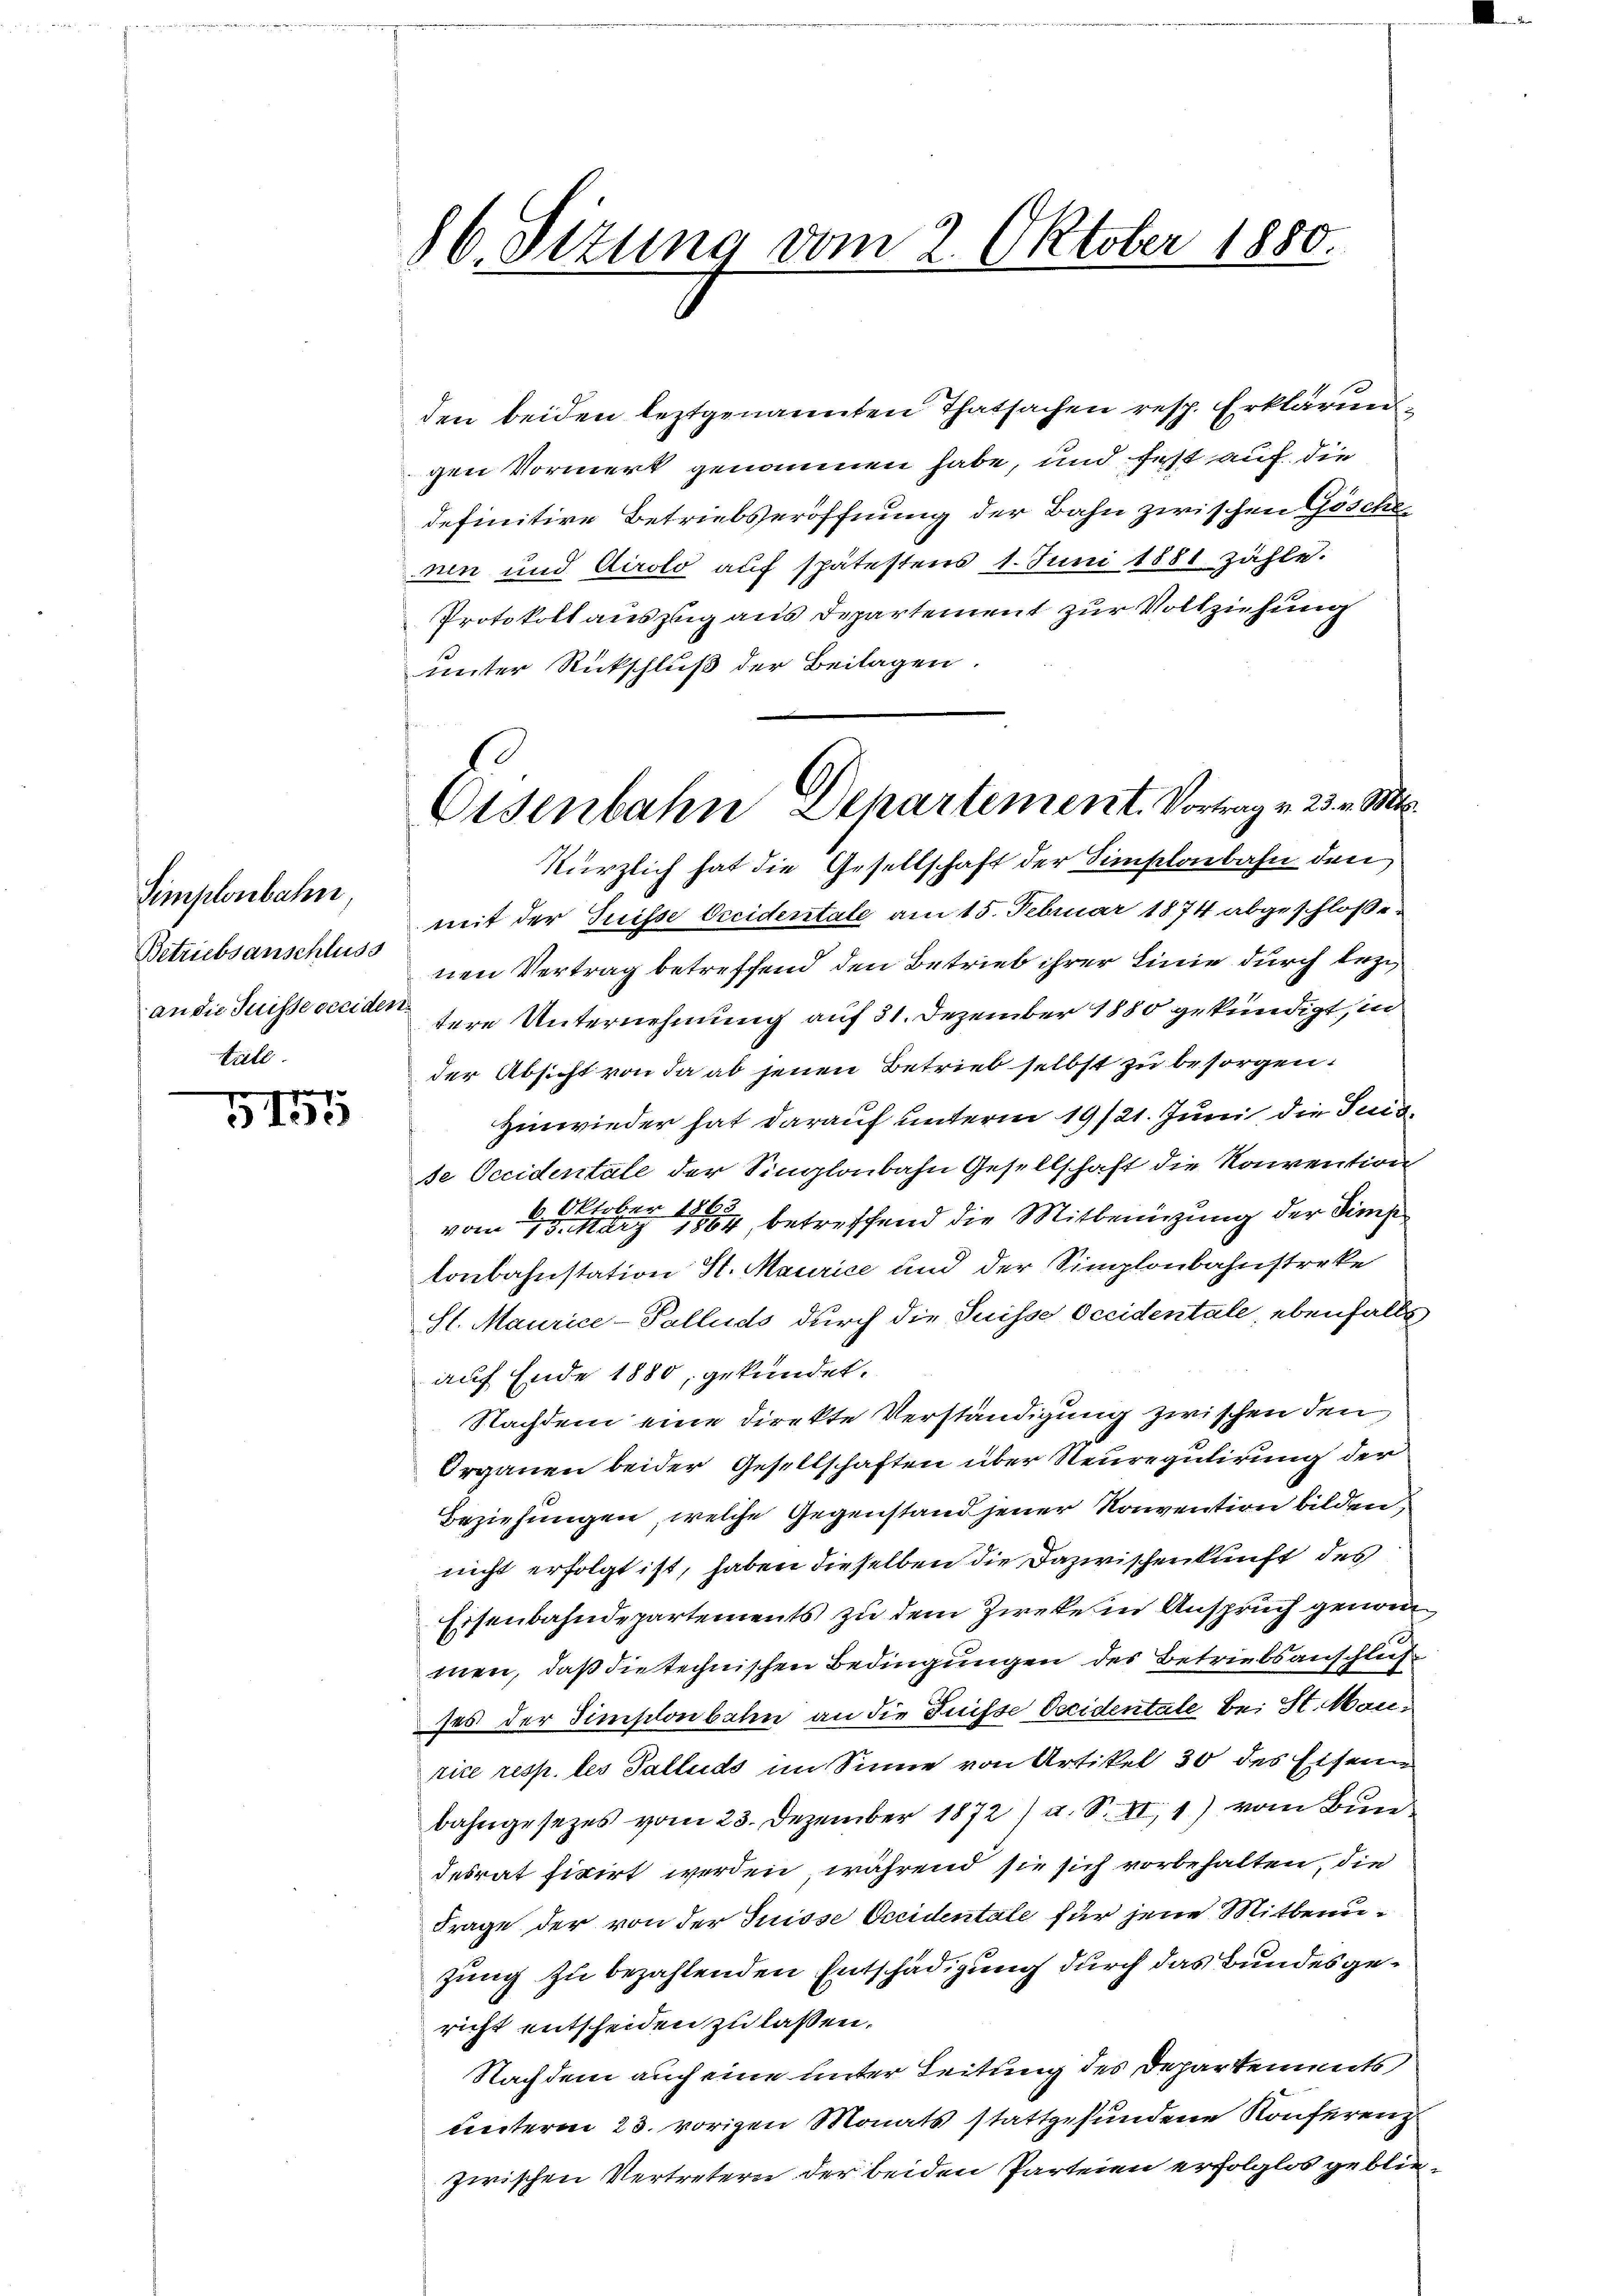
Simplonbahn,
tull.

d
125

86. Sizung vom 2. Oktober 1880.

den beiden leztgenannten Thatsachen resp. Erklärungen Vormerk genommen habe, und fest auf die
definitive Betriebseröffnung der Bahn zwischen Göschenen und Airolo auf spätestens 1. Juni 1881 zähle.
Protokoll auszug aus Departement zur Vollziehung
unter Rückschluß der Beilagen.
kürzlich hat die Gesellschaft der Simplonbahn den
mit der Suisse Occidentale am 15. Februar 1874 abgeschloße¬
Betriebsanschlussnen Vertrag betreffend den Betrieb ihrer Linie durch bezi
an die Suisse vecitere Unternehmung auf 31. Dezember 1880 gekündigt, in
der Absicht von da ab jenen Betrieb selbst zu besorgen.
Hinwieder hat darauf unterm 19/21. Juni die Suis
se Occidentale der Singloubahn Gesellschaft die Konvention
von 1884 betreffend die Mitbenützung der Sims
tonbahnstation St. Maurice und der Simplonbahnstreke
St. Maurice-Palluds durch die Suisse Occidentale, ebenfalls
auf Ende 1880, gekündet.
Nachdem eine direkte Verständigung zwischen den
Organen beider Gesellschaften über Neuregulirung der
Beziehungen, welche Gegenstand jener Konvention bilden,
nicht erfolgt ist, haben dieselben die Dazwischenkunft des
Eisenbahndepartements zu dem Zweke in Anspruch genom
men, daß die technischen Bedingungen des Betriebsanschluß
ses der Simplonbahn an die Suisse decidentale bei St. Maurice resp. des Palluds im Sinne von Artikel 30 des Eisen
bahngesezes vom 23. Dezember 1872) u. S. II, 1) vom Bun
desrat fixirt werden, während sie sich vorbehalten, die
Frage der von der Suisse Accidentale für jene Mitbenuzung zu bezahlenden Entschädigung durch das Bundesgericht entscheiden zu lassen.
Nachdem auch eine unter Leitung des Departements,
unterm 23. vorigen Monats stattgefundene Konferenz
zwischen Vertretern der beiden Parteien erfolglos geblie¬

Eisenbahn Departement. Vortrag v. 23. v. Mt.